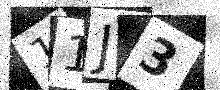
Text: 11J3